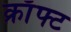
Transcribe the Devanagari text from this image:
क्राँफ्ट